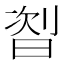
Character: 𬁦